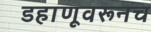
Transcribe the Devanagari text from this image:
डहाणूवरूनच